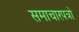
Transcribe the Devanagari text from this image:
समाचारपत्रो